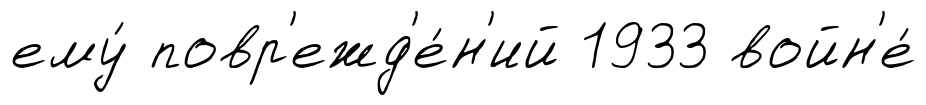
ему́ повр'ежд'е́н'ий 1933 войн'е́